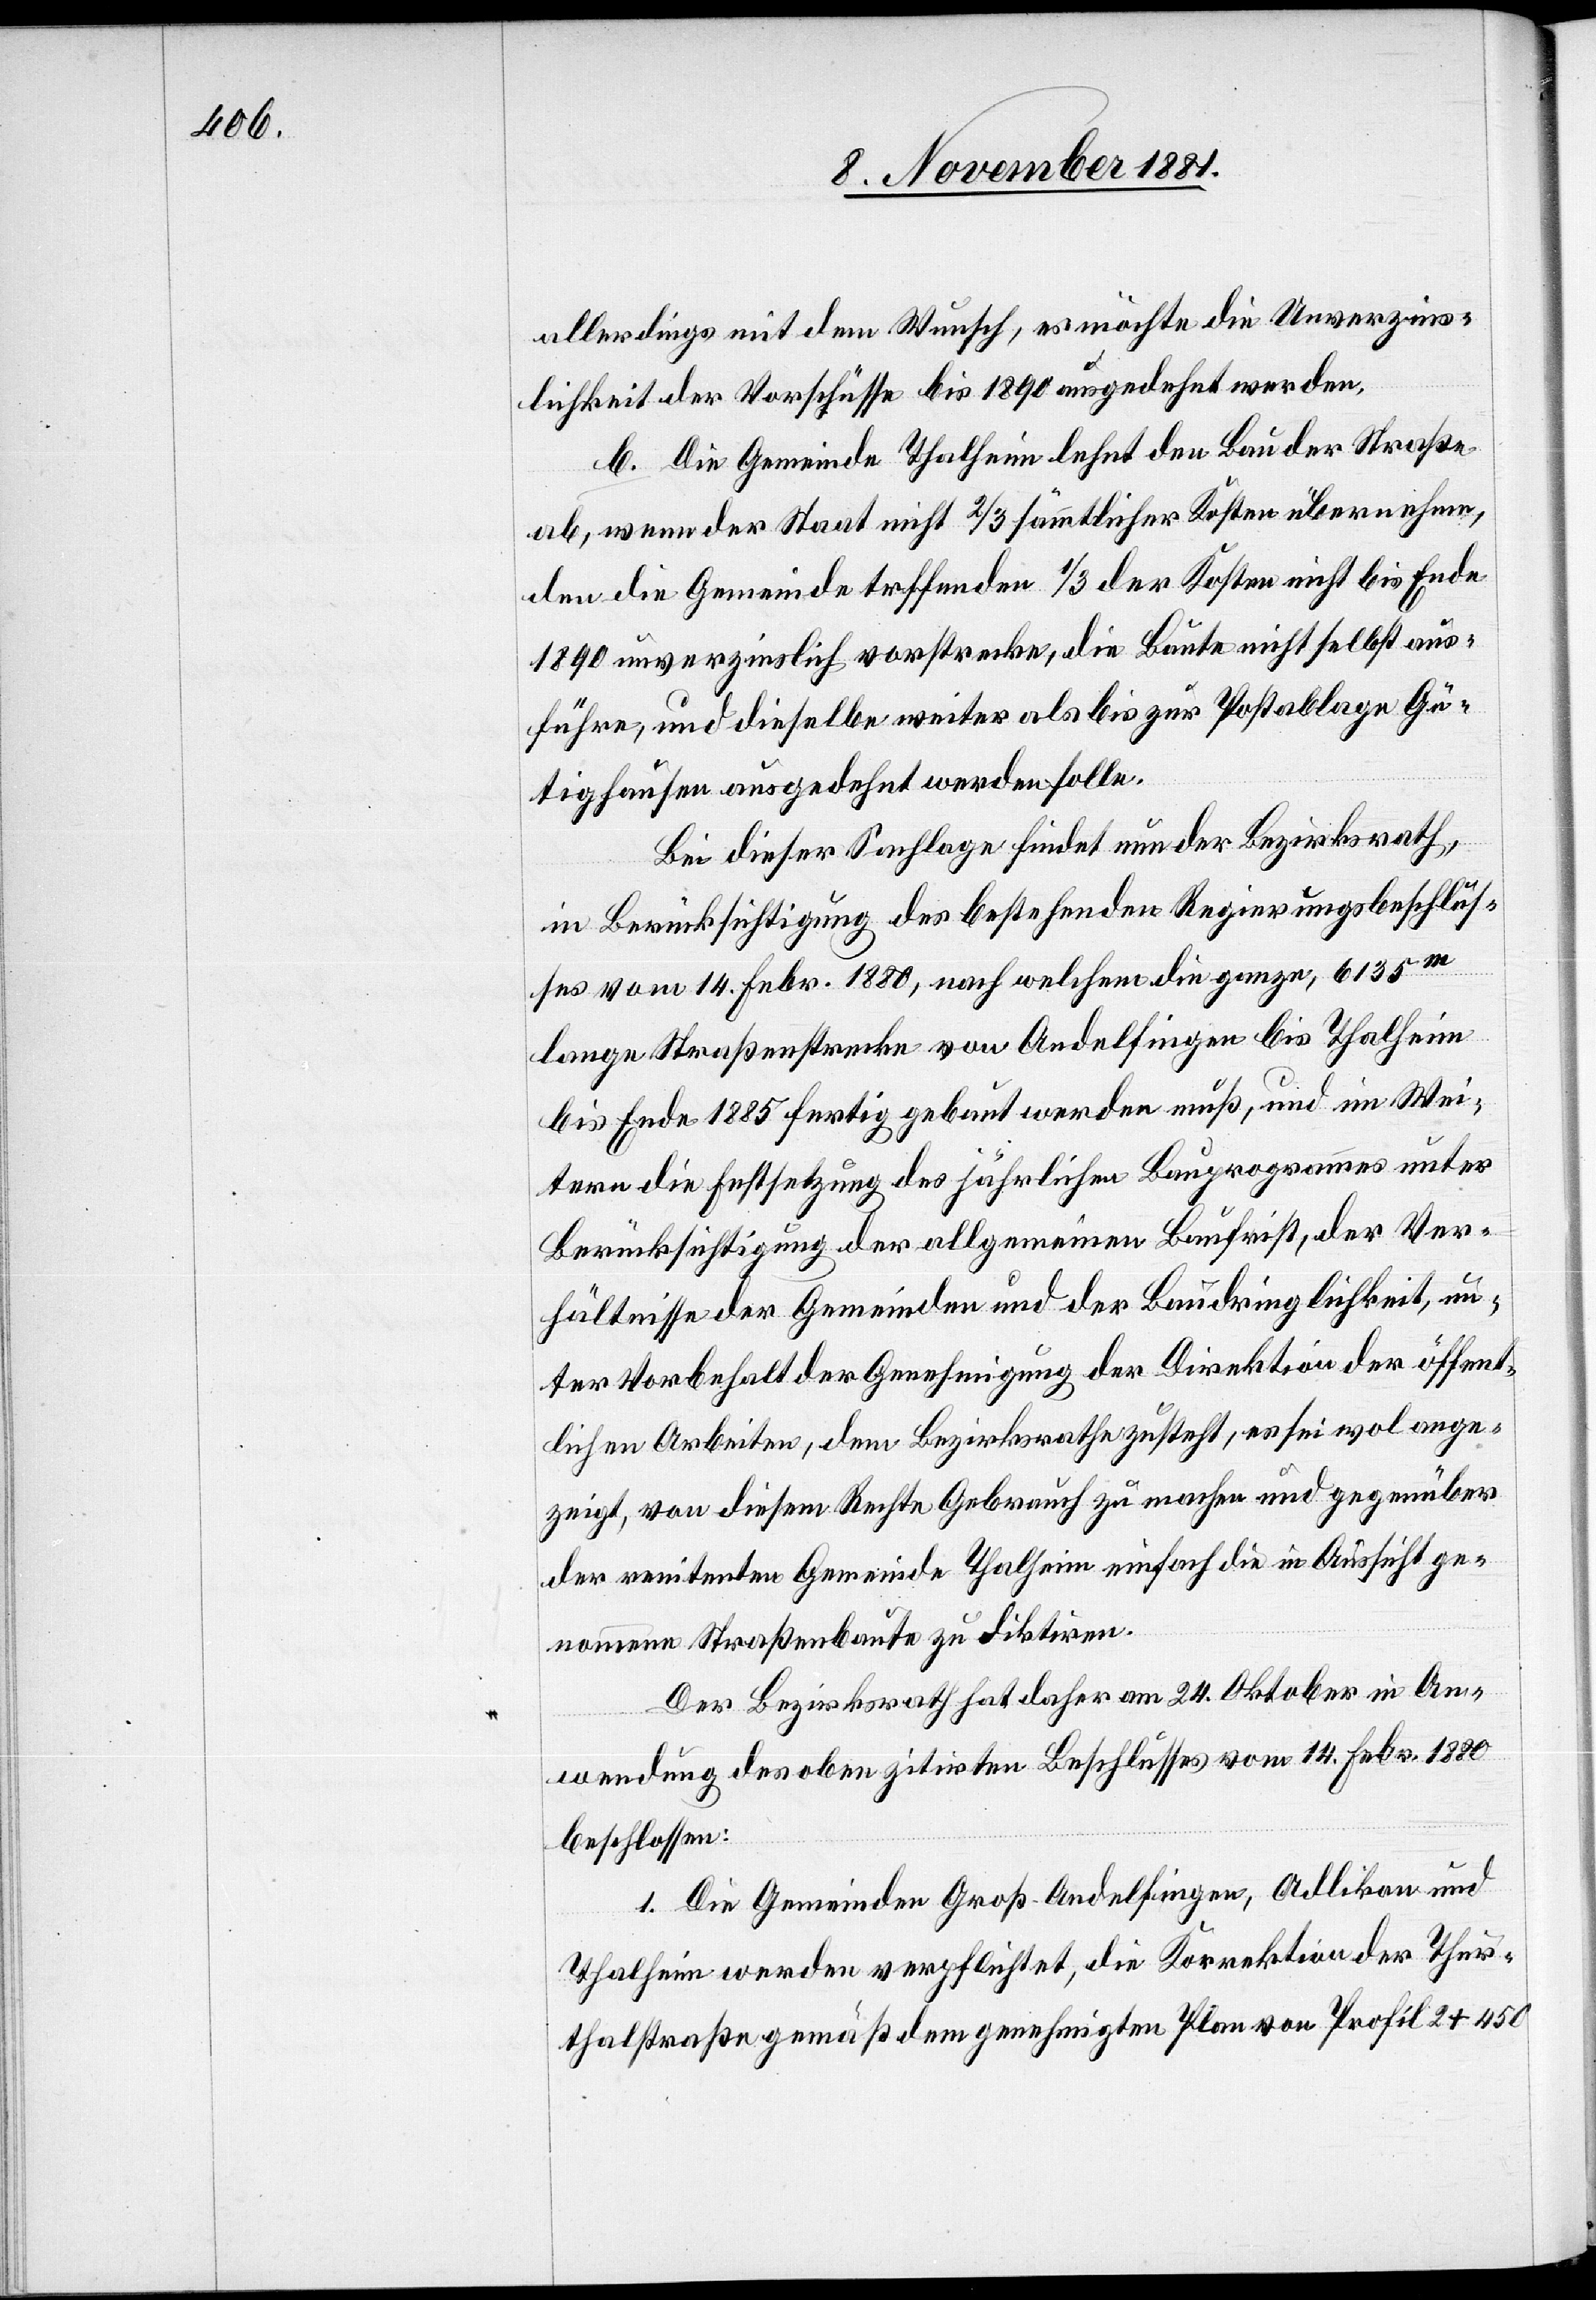
allerdings mit dem Wunsch, es möchte die Unverzins¬
lichkeit der Vorschüsse bis 1890 ausgedehnt werden.
b. Die Gemeinde Thalheim lehnt den Bau der Straße
ab, wenn der Staat nicht 2/3 sämmtlicher Kosten übernehmen,
den die Gemeinde treffenden 1/3 der Kosten nicht bis Ende
1890 unverzinslich vorstrecke, die Baute nicht selbst aus¬
führe, und dieselbe weiter als bis zur Postablage Gü¬
tighausen ausgedehnt werden solle.
Bei dieser Sachlage findet nun der Bezirksrath,
die Berücksichtigung des bestehenden Regierungsbeschlus¬
ses vom 14 Febr. 1880, nach welchem die ganze, 6135m
lange Straßenstrecke von Andelfingen bis Thalheim
bis Ende 1885 fertig gebaut werden muß, und im Wei¬
tern die Festsetzung des jährlichen Bauprogrammes unter
Berücksichtigung der allgemeinen Baufrist, der Ver¬
hältnisse der Gemeinden und der Baudringlichkeit, un¬
ter Vorbehalt der Genehmigung der Direktion der öffent¬
lichen Arbeiten, dem Bezirksrathe zusteht, es sei wol ange¬
zeigt, von diesem Rathe Gebrauch zu machen und gegenüber
der renitenten Gemeinde Thalheim einfach die in Aussicht ge¬
nommene Straßenbaute zu diktiren.
Der Bezirksrath hat daher am 24. Oktober in An¬
wendung des oben zitirten Beschlusses vom 14. Febr. 1880
beschlossen:
1. Die Gemeinden Groß-Andelfingen, Adlikon und
Thalheim werden verpflichtet, die Korrektion der Thur¬
thalstraße gemäß dem genehmigten Plan von Profil 2 + 450